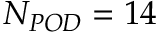
N _ { P O D } = 1 4